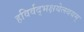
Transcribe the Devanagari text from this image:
हविर्वद्भक्षयेत्स्वयम्